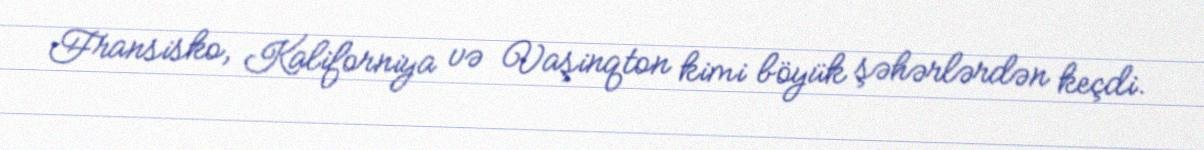
Fransisko, Kaliforniya və Vaşinqton kimi böyük şəhərlərdən keçdi.